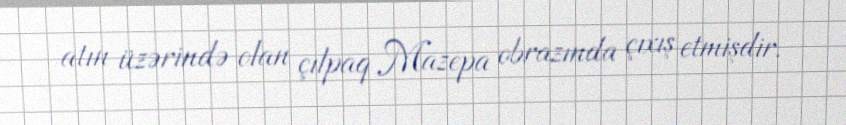
atın üzərində olan çılpaq Mazepa obrazında çıxış etmişdir.